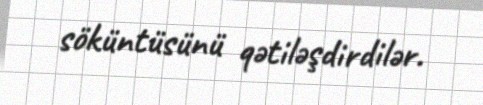
söküntüsünü qətiləşdirdilər.